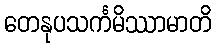
တေနုပသင်္ကမိဿာမာတိ